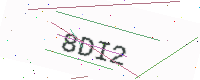
Text: 8DI2